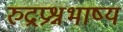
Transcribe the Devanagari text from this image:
रुद्रप्रश्नभाष्य